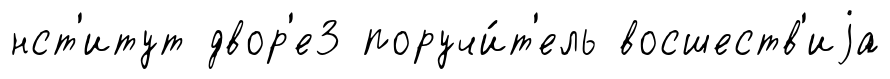
нст'итут двор'е3 поручи́т'ель восшеств'иjа